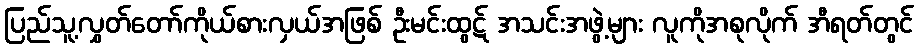
ပြည်သူ့လွှတ်တော်ကိုယ်စားလှယ်အဖြစ် ဦးမင်းထွဋ် အသင်းအဖွဲ့များ လူကိုအစုလိုက် အီရတ်တွင်